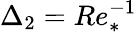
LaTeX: \Delta_{2}=Re_{*}^{-1}